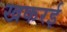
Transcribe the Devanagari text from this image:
खकरई